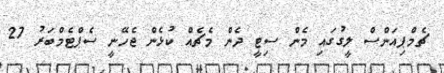
ޗެމްޕިއަންސް ލީގުގައި މެން ސިޓީ ދެން މެޗެއް ކުޅެން ޖެހޭނީ ސެޕްޓެމްބަރު 27